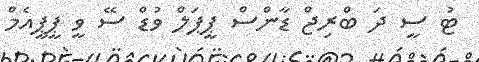
ޓު ސީ ދަ ބްރިޖް ޑާންސް ޕީޕަލް ވުޑް ސޭ ވީ ޕީޕީއެމް